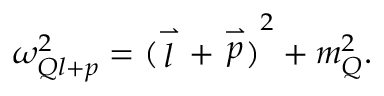
\omega _ { Q l + p } ^ { 2 } = { ( \stackrel { \rightharpoonup } { l } + \stackrel { \rightharpoonup } { p } ) } ^ { 2 } + m _ { Q } ^ { 2 } .